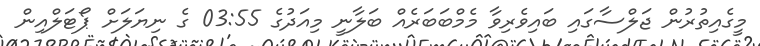
މީގެއިތުރުން ޖަލްސާގައި ބައިވެރިވާ މެމްބަބަރެއް ބަލާނީ މިއަދުގެ 03:55 ގެ ނިޔަލަށް ޕޯޓަލްއިން